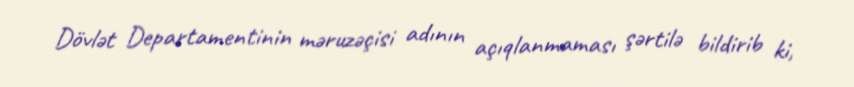
Dövlət Departamentinin məruzəçisi adının açıqlanmaması şərtilə bildirib ki,